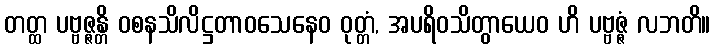
တတ္ထ ပဗ္ဗဇ္ဇန္တိ ဝစနသိလိဋ္ဌတာဝသေနေဝ ဝုတ္တံ, အပရိဝသိတွာယေဝ ဟိ ပဗ္ဗဇ္ဇံ လဘတိ။